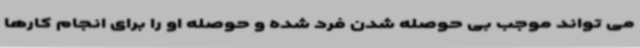
می تواند موجب بی حوصله شدن فرد شده و حوصله او را برای انجام کارها